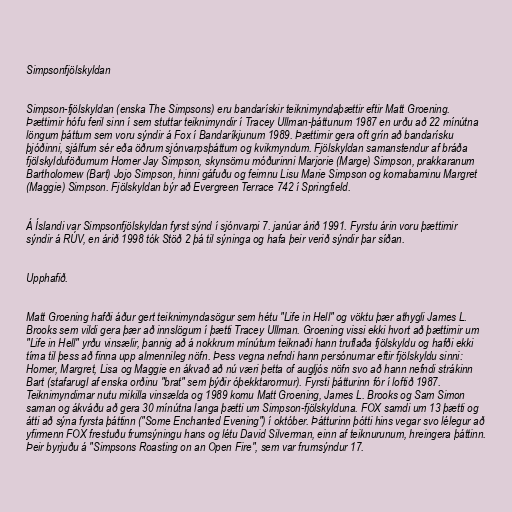
Simpsonfjölskyldan

Simpson-fjölskyldan (enska The Simpsons) eru bandarískir teiknimyndaþættir eftir Matt Groening.
Þættirnir hófu feril sinn í sem stuttar teiknimyndir í Tracey Ullman-þáttunum 1987 en urðu að 22 mínútna
löngum þáttum sem voru sýndir á Fox í Bandaríkjunum 1989. Þættirnir gera oft grín að bandarísku
þjóðinni, sjálfum sér eða öðrum sjónvarpsþáttum og kvikmyndum. Fjölskyldan samanstendur af bráða
fjölskylduföðurnum Homer Jay Simpson, skynsömu móðurinni Marjorie (Marge) Simpson, prakkaranum
Bartholomew (Bart) Jojo Simpson, hinni gáfuðu og feimnu Lisu Marie Simpson og kornabarninu Margret
(Maggie) Simpson. Fjölskyldan býr að Evergreen Terrace 742 í Springfield.

Á Íslandi var Simpsonfjölskyldan fyrst sýnd í sjónvarpi 7. janúar árið 1991. Fyrstu árin voru þættirnir
sýndir á RÚV, en árið 1998 tók Stöð 2 þá til sýninga og hafa þeir verið sýndir þar síðan.

Upphafið.

Matt Groening hafði áður gert teiknimyndasögur sem hétu "Life in Hell" og vöktu þær athygli James L.
Brooks sem vildi gera þær að innslögum í þætti Tracey Ullman. Groening vissi ekki hvort að þættirnir um
"Life in Hell" yrðu vinsælir, þannig að á nokkrum mínútum teiknaði hann truflaða fjölskyldu og hafði ekki
tíma til þess að finna upp almennileg nöfn. Þess vegna nefndi hann persónurnar eftir fjölskyldu sinni:
Homer, Margret, Lisa og Maggie en ákvað að nú væri þetta of augljós nöfn svo að hann nefndi strákinn
Bart (stafarugl af enska orðinu "brat" sem þýðir óþekktarormur). Fyrsti þátturinn fór í loftið 1987.
Teiknimyndirnar nutu mikilla vinsælda og 1989 komu Matt Groening, James L. Brooks og Sam Simon
saman og ákváðu að gera 30 mínútna langa þætti um Simpson-fjölskylduna. FOX samdi um 13 þætti og
átti að sýna fyrsta þáttinn ("Some Enchanted Evening") í október. Þátturinn þótti hins vegar svo lélegur að
yfirmenn FOX frestuðu frumsýningu hans og létu David Silverman, einn af teiknurunum, hreingera þáttinn.
Þeir byrjuðu á "Simpsons Roasting on an Open Fire", sem var frumsýndur 17.